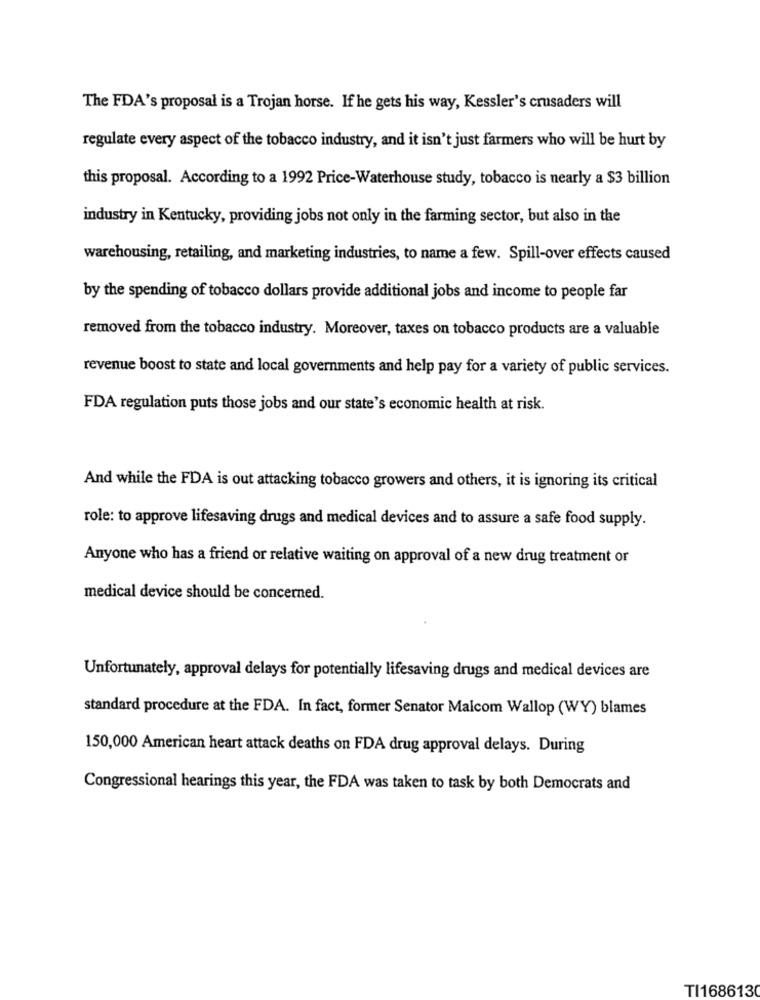
The FDA's proposal is a Trojan horse. If he gets his way, Kessler's crusaders will
regulate every aspect of the tobacco industry, and it isn't just farmers who will be hurt by
this proposal. According to a 1992 Price-Waterhouse study, tobacco is nearly a $3 billion
industry in Kentucky, providing jobs not only in the farming sector, but also in the
warehousing, retailing, and marketing industries, to name a few. Spill-over effects caused
by the spending of tobacco dollars provide additional jobs and income to people far
removed from the tobacco industry. Moreover, taxes on tobacco products are a valuable
revenue boost to state and local governments and help pay for a variety of public services.
FDA regulation puts those jobs and our state's economic health at risk.
And while the FDA is out attacking tobacco growers and others, it is ignoring its critical
role: to approve lifesaving drugs and medical devices and to assure a safe food supply.
Anyone who has a friend or relative waiting on approval of a new drug treatment or
medical device should be concerned.
Unfortunately, approval delays for potentially lifesaving drugs and medical devices are
standard procedure at the FDA. In fact, former Senator Malcom Wallop (WY) blames
150,000 American heart attack deaths on FDA drug approval delays. During
Congressional hearings this year, the FDA was taken to task by both Democrats and
TI1686130